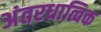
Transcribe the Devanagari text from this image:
अंतरधात्विक